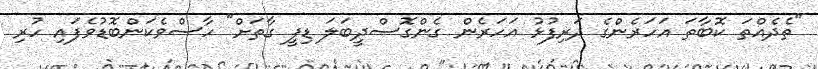
"ތެދެއްތަ ކޮބާތަ އަހަރެންގެ ދަރިފުޅު އަހަރެން ގެންގޮސްދީބަލަ ޑިފީ ގާތަށް" ހާސްވެކަންބޮޑުވެފައި ހުރި